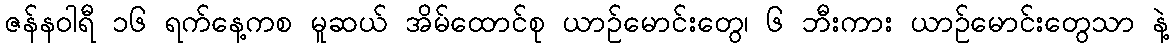
ဇန်နဝါရီ ၁၆ ရက်နေ့ကစ မူဆယ် အိမ်ထောင်စု ယာဉ်မောင်းတွေ၊ ၆ ဘီးကား ယာဉ်မောင်းတွေသာ နဲ့